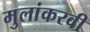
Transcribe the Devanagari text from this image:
मुलांकरवी